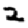
Digit: 2